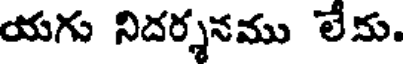
యగు నిదర్శనము లేను.